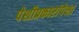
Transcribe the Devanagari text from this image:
पेशीप्रकारांपेक्षा